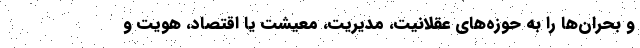
و بحران‌ها را به حوزه‌های عقلانیت، مدیریت، معیشت یا اقتصاد، هویت و